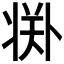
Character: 𱭘